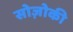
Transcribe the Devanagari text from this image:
सोज़ोकी